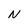
Character: N